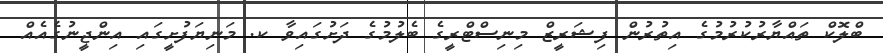
ބްލޮކް ތައްޔާރުކުރުމުގެ އިތުރުން ފިޝަރީޒް މިނިސްޓްރީގެ ބެލުމުގެ ދަށުގައިވާ ކ. މަނިޔަފުށީގައި އިންޖީނުގެއެއް